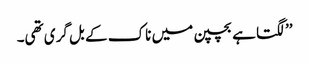
’’لگتا ہے بچپن میں ناک کے بل گری تھی۔